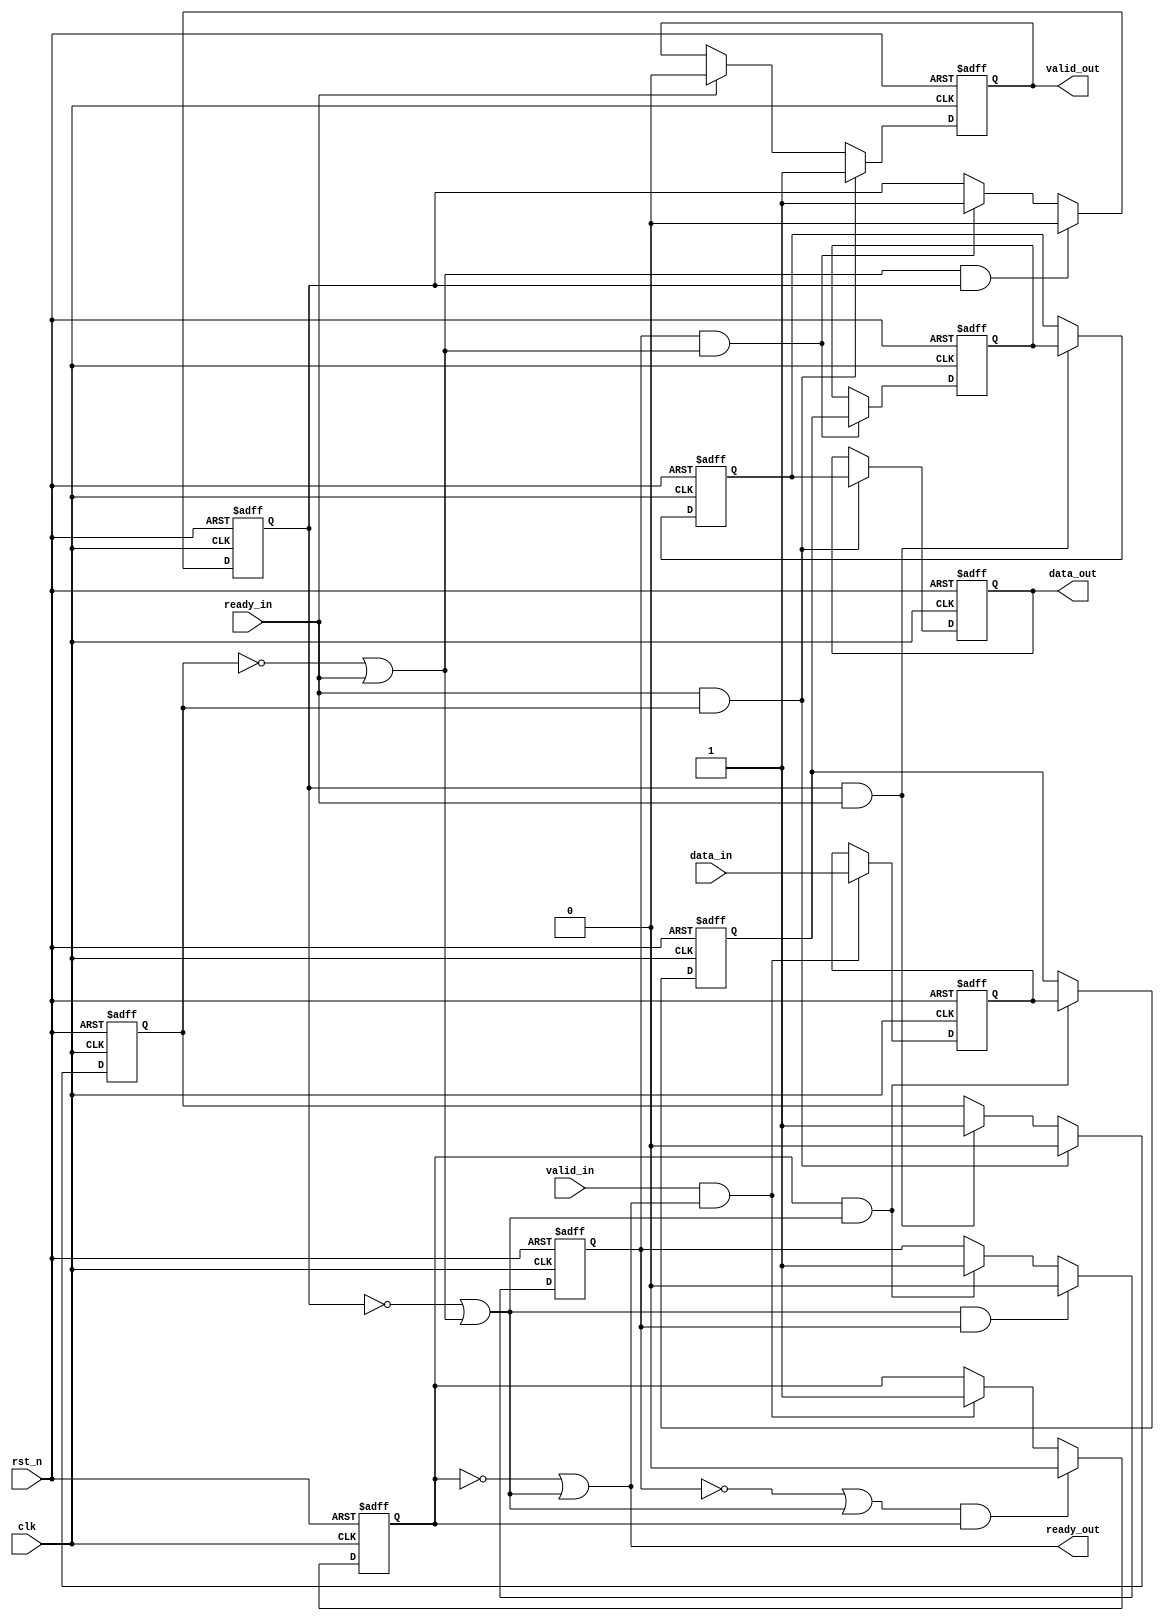
module MemoryBlocksPipelineSynchronizer #(
    parameter DATA_WIDTH = 32,      // Width of the data bus
    parameter NUM_STAGES = 4,       // Number of pipeline stages
    parameter FIFO_DEPTH = 4         // Depth of the FIFO for clock domain crossing
)(
    input  wire clk,                 // Clock signal
    input  wire rst_n,               // Active low reset
    
    // Producer interface
    input  wire [DATA_WIDTH-1:0] data_in,  // Data input from producer
    input  wire valid_in,            // Valid signal from producer
    output wire ready_out,           // Ready signal to producer
    
    // Consumer interface
    output reg [DATA_WIDTH-1:0] data_out, // Data output to consumer
    output reg valid_out,            // Valid signal to consumer
    input  wire ready_in              // Ready signal from consumer
);

    // Internal signals
    reg [DATA_WIDTH-1:0] buffer [0:NUM_STAGES-1]; // Data buffers for each stage
    reg valid [0:NUM_STAGES-1];                  // Valid signals for each stage
    reg ready [0:NUM_STAGES-1];                  // Ready signals for each stage

    // Handshaking logic
    assign ready_out = (valid[0] == 0) || ready[1]; // Producer ready if first stage is not valid or next stage is ready

    // Pipeline stages
    genvar i;
    generate
        for (i = 0; i < NUM_STAGES; i = i + 1) begin : pipeline_stage
            always @(posedge clk or negedge rst_n) begin
                if (!rst_n) begin
                    buffer[i] <= 0;
                    valid[i] <= 0;
                end else begin
                    if (i == 0) begin
                        // First stage
                        if (valid_in && ready_out) begin
                            buffer[i] <= data_in;
                            valid[i] <= 1;
                        end
                    end else begin
                        // Subsequent stages
                        if (valid[i-1] && ready[i]) begin
                            buffer[i] <= buffer[i-1];
                            valid[i] <= 1;
                        end
                    end

                    // Manage valid signals
                    if (ready[i] && valid[i]) begin
                        valid[i] <= 0; // Clear valid if ready
                    end
                end
            end

            // Ready signal for each stage
            if (i == NUM_STAGES - 1) begin
                assign ready[i] = ready_in; // Last stage ready signal
            end else begin
                assign ready[i] = (valid[i+1] == 0) || ready[i+1]; // Intermediate stages
            end
        end
    endgenerate

    // Output logic for the last stage
    always @(posedge clk or negedge rst_n) begin
        if (!rst_n) begin
            data_out <= 0;
            valid_out <= 0;
        end else begin
            if (valid[NUM_STAGES-1] && ready_in) begin
                data_out <= buffer[NUM_STAGES-1];
                valid_out <= 1;
            end else if (ready_in) begin
                valid_out <= 0; // Clear valid if ready
            end
        end
    end

endmodule